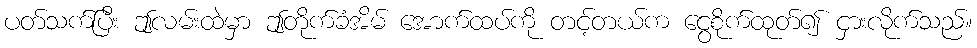
ပတ်သက်ပြီး ဤလမ်းထဲမှာ ဤတိုက်ခံအိမ် အောက်ထပ်ကို တင့်တယ်က ငွေစိုက်ထုတ်၍ ငှားလိုက်သည်။